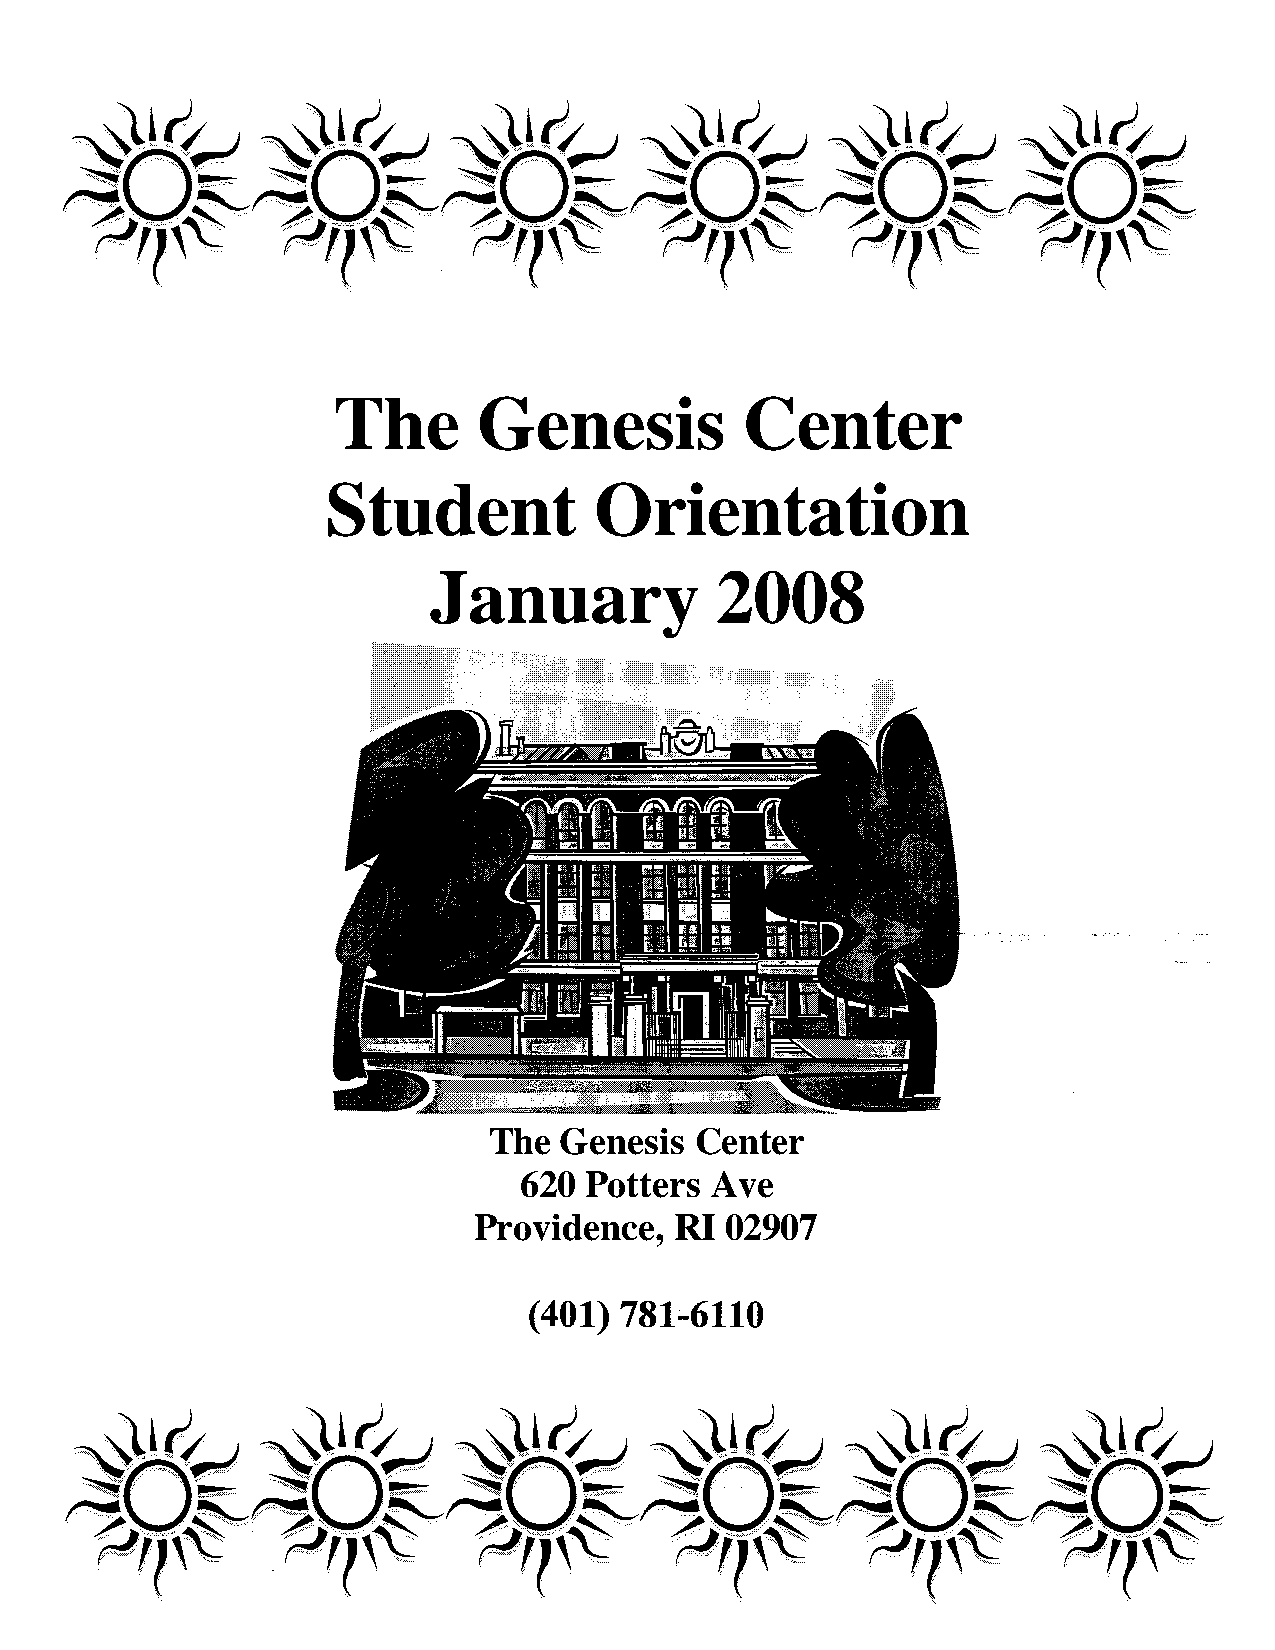
The       Genesis          Center
 Student          Orientation
 January            2008
 The  Genesis  Center
 620  Potters Ave
 Providence,   RI 02907